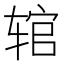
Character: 𫐑